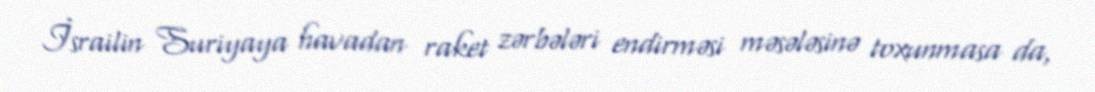
İsrailin Suriyaya havadan raket zərbələri endirməsi məsələsinə toxunmasa da,